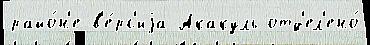
райо́н'е в'е́рс'иjа Акакуль отд'ел'ено́